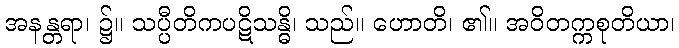
အနန္တရာ၊ ၌။ သပ္ပီတိကပဋိသန္ဓိ၊ သည်။ ဟောတိ၊ ၏။ အဝိတက္ကစုတိယာ၊